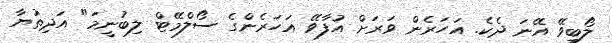
ލޯބިވޭ އޭނަ ދެކެ. އަހަރެން ވަރަށް އުފާވޭ އަހަރެންގެ ސޯލްމޭޓް ލިބުނީމަ" އަދިތުޔާ